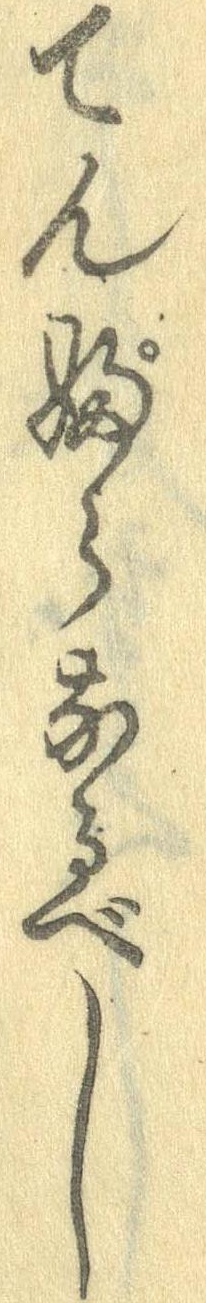
てんぷらなるべし